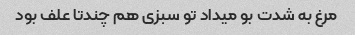
مرغ به شدت بو میداد تو سبزی هم چندتا علف بود